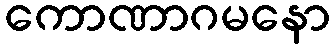
ကောဏာဂမနော